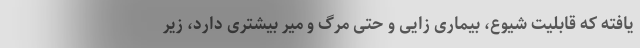
یافته که قابلیت شیوع، بیماری زایی و حتی مرگ و میر بیشتری دارد، زیر